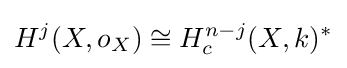
H^{j}(X,o_{X})\cong H_{c}^{n-j}(X,k)^{*}